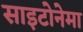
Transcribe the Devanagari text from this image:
साइटोनेमा